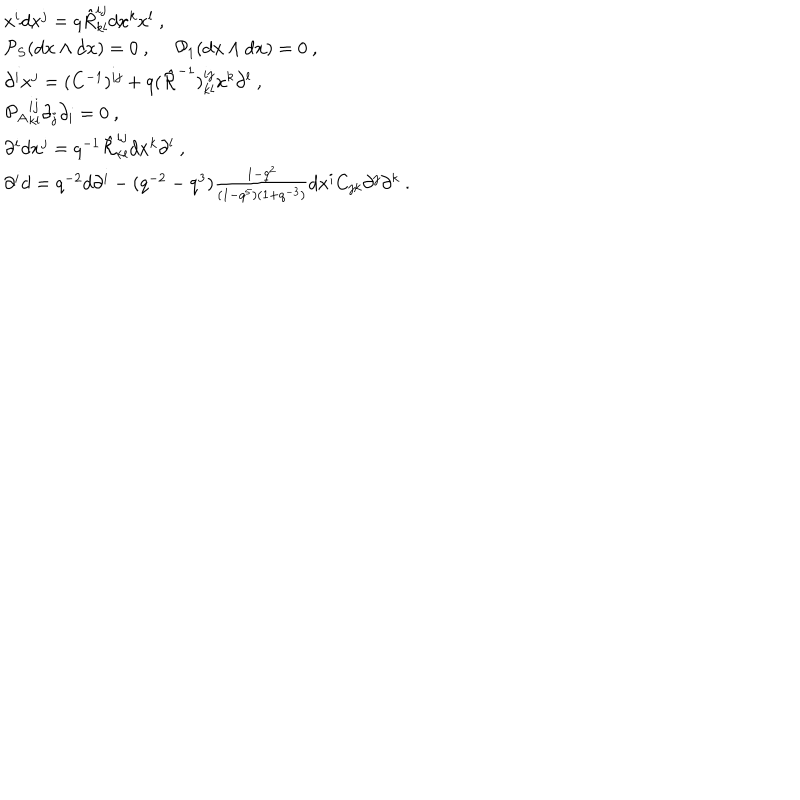
\begin{array} { l } { { x ^ { i } d x ^ { j } = q \hat { R } _ { k l } ^ { i j } d x ^ { k } x ^ { l } ~ , } } \\ { { { \cal P } _ { S } ( d { \bf x } \wedge d { \bf x } ) = 0 ~ , ~ ~ { \cal P } _ { 1 } ( d { \bf x } \wedge d { \bf x } ) = 0 ~ , } } \\ { { \partial ^ { i } x ^ { j } = ( C ^ { - 1 } ) ^ { i j } + q ( \hat { \cal R } ^ { - 1 } ) _ { k l } ^ { i j } x ^ { k } \partial ^ { l } ~ , } } \\ { { \left. { \cal P } _ { A } \right. _ { k l } ^ { i j } \partial _ { j } \partial _ { i } = 0 ~ , } } \\ { { \partial ^ { i } d x ^ { j } = q ^ { - 1 } \hat { \cal R } _ { k l } ^ { i j } d x ^ { k } \partial ^ { l } ~ , } } \\ { { \partial ^ { i } d = q ^ { - 2 } d \partial ^ { i } - ( q ^ { - 2 } - q ^ { 3 } ) \frac { 1 - q ^ { 2 } } { ( 1 - q ^ { 5 } ) ( 1 + q ^ { - 3 } ) } d x ^ { i } C _ { j k } \partial ^ { j } \partial ^ { k } ~ . } } \\ \end{array}